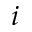
i